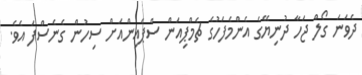
ދެވަނަ ގޯލް ޖަހާ ދުނިޔޭގެ އެންމެފަހުގެ ޗެމްޕިއަން ސްޕެއިންއަށް ސިހުން ގެނެސްފަ އެވެ.